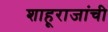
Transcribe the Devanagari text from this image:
शाहूराजांची